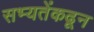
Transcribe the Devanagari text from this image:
सभ्यतेंकढून